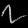
Digit: ၇